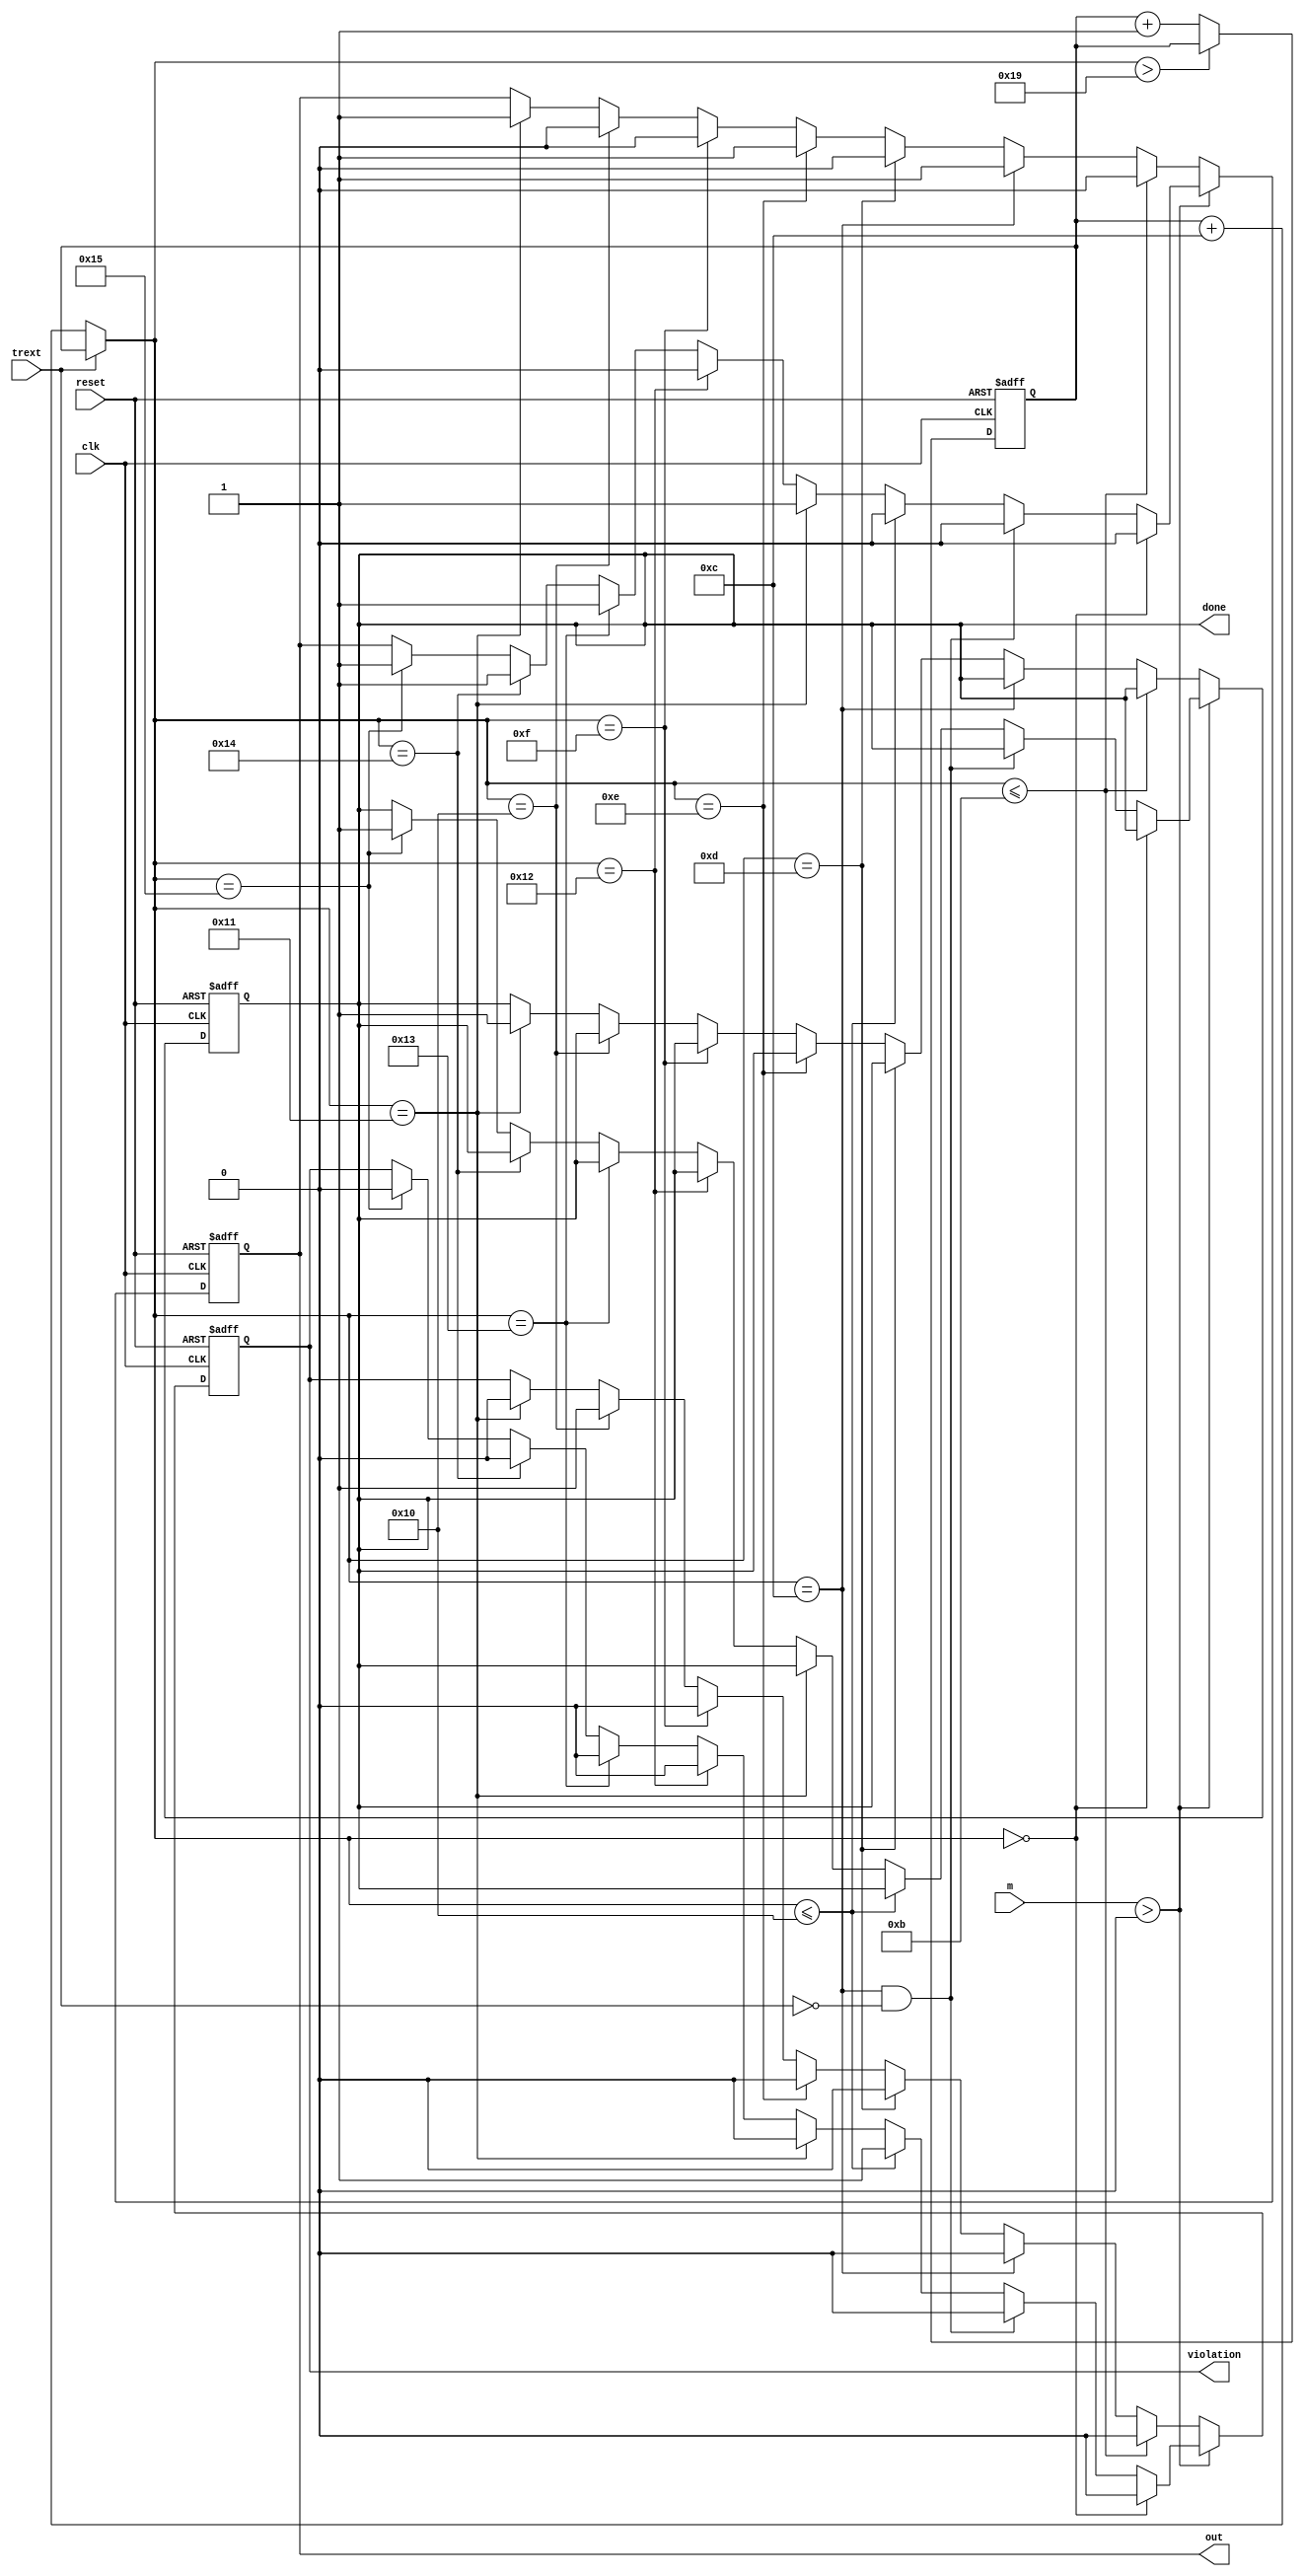
module preamble(reset, clk, m, trext, out, violation, done);
input clk, reset, trext;
input [1:0] m;
output out, violation, done;
reg out, done, violation;
reg  [5:0] clkcount;
wire [5:0] bitcount, next_count;
assign bitcount = (trext == 6'd1) ? (clkcount) : (clkcount + 6'd12);
assign next_count = (bitcount > 6'd25) ? (clkcount) : (clkcount + 6'd1);
always @ (posedge clk or posedge reset) begin
  if (reset) begin
    clkcount  <= 0;
    done      <= 0;
    out       <= 0;
    violation <= 0;
  end else begin
    if (m > 0) begin 
      if (bitcount == 0) begin
        out       <= 0;
        violation <= 0;
      end else if (bitcount == 12 & ~trext) begin
        out       <= 0;
        violation <= 0;
      end else if (bitcount <= 16) begin
        out       <= 0;
        violation <= 1;
      end else if (bitcount == 17) begin
        out       <= 1;
        violation <= 0;
      end else if (bitcount == 18) begin
        out       <= 0;
        violation <= 0;
      end else if (bitcount == 19) begin
        out       <= 1;
        violation <= 0;
      end else if (bitcount == 20) begin
        out       <= 1;
        violation <= 0;
      end else if (bitcount == 21) begin
        out       <= 1;
        violation <= 0;
        done      <= 1;
      end
    end else begin 
      if (bitcount <= 11) begin
        out       <= 0;
        violation <= 0;
      end else if (bitcount == 12) begin
        out       <= 1;
        violation <= 0;
      end else if (bitcount == 13) begin
        out       <= 0;
        violation <= 0;
      end else if (bitcount == 14) begin
        out       <= 1;
        violation <= 0;
      end else if (bitcount == 15) begin
        out       <= 0;
        violation <= 0;
      end else if (bitcount == 16) begin
        out       <= 0;
        violation <= 1;
      end else if (bitcount == 17) begin
        out       <= 1;
        violation <= 0;
        done      <= 1;
      end
    end 
    clkcount <= next_count;
  end 
end 
endmodule